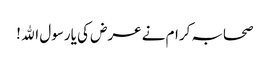
صحابہ کرام نے عرض کی یارسول اﷲ !